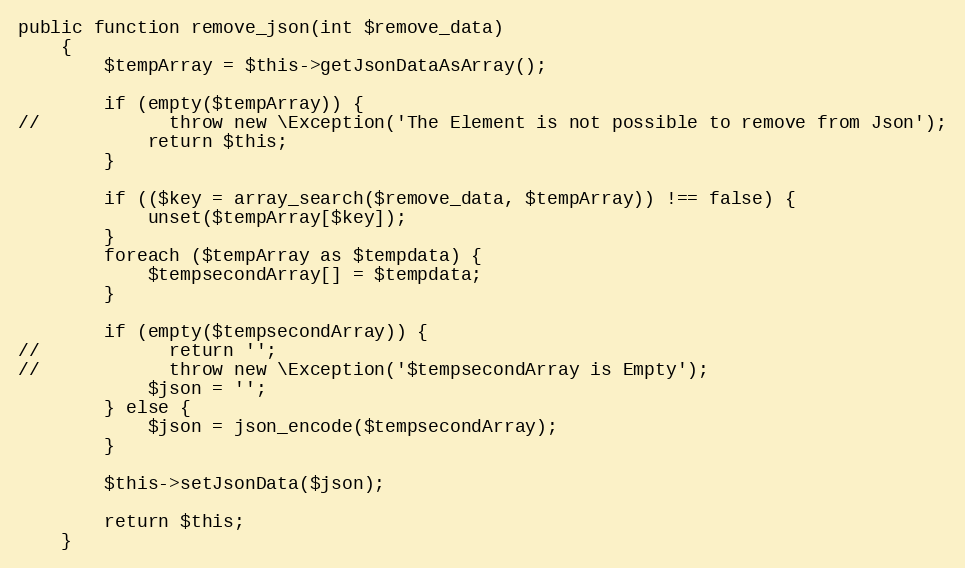
Language: PHP
public function remove_json(int $remove_data)
    {
        $tempArray = $this->getJsonDataAsArray();

        if (empty($tempArray)) {
//            throw new \Exception('The Element is not possible to remove from Json');
            return $this;
        }

        if (($key = array_search($remove_data, $tempArray)) !== false) {
            unset($tempArray[$key]);
        }
        foreach ($tempArray as $tempdata) {
            $tempsecondArray[] = $tempdata;
        }

        if (empty($tempsecondArray)) {
//            return '';
//            throw new \Exception('$tempsecondArray is Empty');
            $json = '';
        } else {
            $json = json_encode($tempsecondArray);
        }

        $this->setJsonData($json);

        return $this;
    }